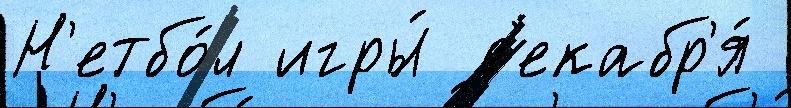
Н'етбо́л игры́ д'екабр'я́